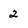
Character: 2